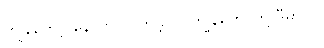
ကျွန်တော့် နောက် လိုက်ခဲ့ပါ။ ကျွန်တော်တို့ ဒီမှာပါ။